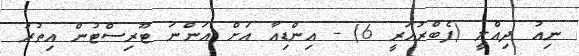
ނިއު ދިއްލީ (ފެބްރުއަރީ 6) - އިންޑިއާ އަށް އަންނަ ޓޫރިސްޓުން އިތުރު